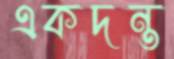
একদন্ত